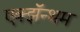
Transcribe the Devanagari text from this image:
एक्झॅन्थम